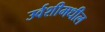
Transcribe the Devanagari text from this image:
उर्वशीमधील